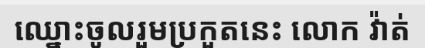
ឈ្នោះចូលរួមប្រកួតនេះ លោក វ៉ាត់